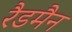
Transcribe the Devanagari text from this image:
रैडमैन